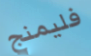
فليمنج